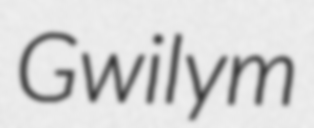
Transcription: Gwilym